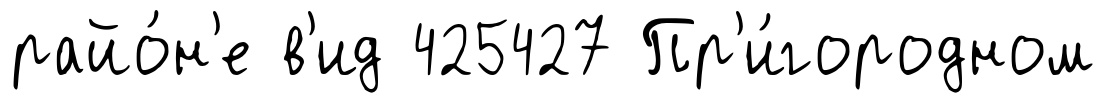
райо́н'е в'ид 425427 Пр'и́городном